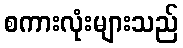
စကားလုံးများသည်